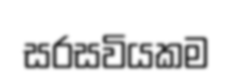
සරසවියකම